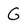
Character: G